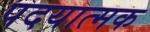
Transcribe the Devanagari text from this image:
पदयात्मक